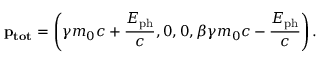
\mathbf { p _ { t o t } } = \left( \gamma m _ { 0 } c + \frac { E _ { \mathrm { p h } } } { c } , 0 , 0 , \beta \gamma m _ { 0 } c - \frac { E _ { \mathrm { p h } } } { c } \right) .